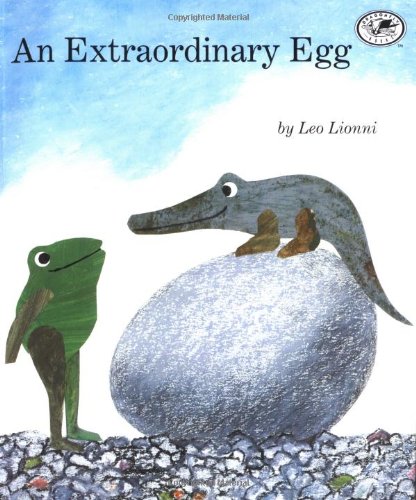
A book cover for An Extraordinary Egg; Leo Lionni; Children's Books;